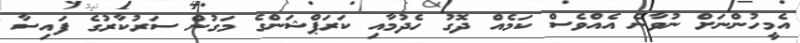
އެމީހުންނަށް ނުވާނެ އެއްވެސް ކަމެއް ދޮގު ހެދުމާއި ކަރަޕްޝަންގެ މަގުން ސަރުކާރުގެ ފައިސާ